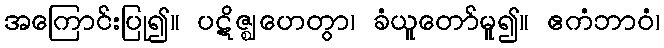
အကြောင်းပြု၍။ ပဋိဇ္ဈဟေတွာ၊ ခံယူတော်မူ၍။ ဧကံဘာဝံ၊